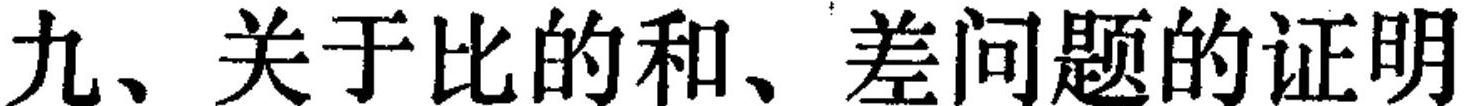
\text{九、关于比的和、差问题的证明}